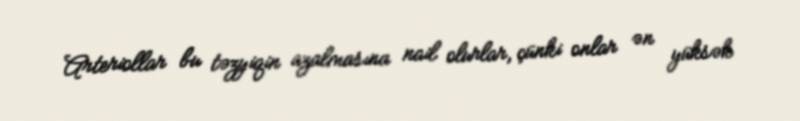
Arteriollar bu təzyiqin azalmasına nail olurlar, çünki onlar ən yüksək